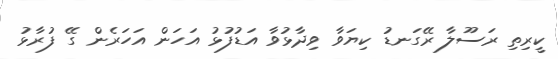
ކީރިތި ރަސޫލާ ރޭގަނޑު ކިޔަވާ ވިދާޅުވާ އަޑުފުޅު އަހަން އަހަރެން ގޭ ފުރާޅު